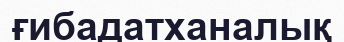
ғибадатханалық